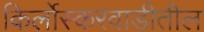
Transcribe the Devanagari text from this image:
किर्लोस्करवाडीतील